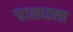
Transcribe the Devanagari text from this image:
र्‍हासातला